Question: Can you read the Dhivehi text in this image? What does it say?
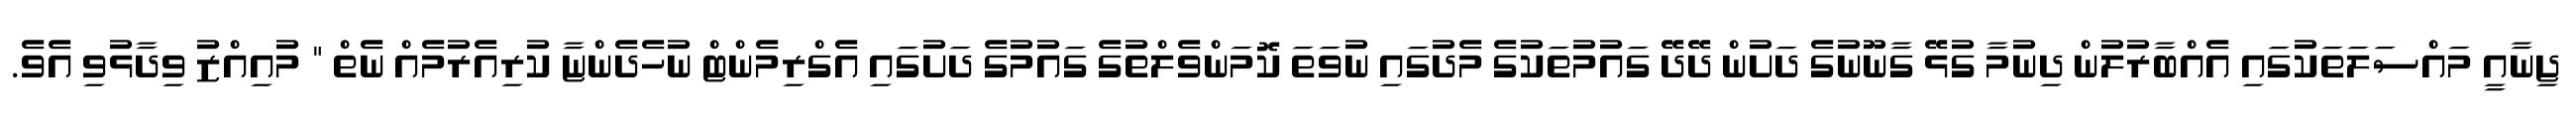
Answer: ޖިނާއީ މައްސަލަތަކުގައި އެއްބާރުލުން ދިނުމާ ގުޅޭ ގާނޫނުގެ ދަށުން ދޭދޭ ގައުމުތަކުގެ މެދުގައި ނުވަތަ ކޮމަންވެލްތުގެ ގައުމުގެ ދަށުގައި އެގްރިމެންޓް ނުހެދެންޏާ ކުރިއެރުމެއް ނެތް " މުއިއްޒު ވިދާޅުވި އެވެ.